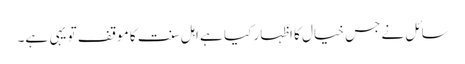
سائل نے جس خیال کا اظہار کیا ہے اہل سنت کا موقف تو یہی ہے۔